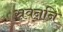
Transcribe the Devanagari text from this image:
स्रवननि